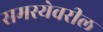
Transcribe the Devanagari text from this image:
समस्येवरील